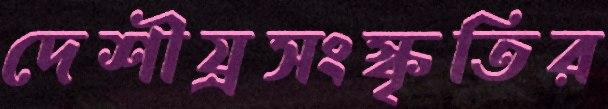
দেশীয়্রসংস্কৃতির